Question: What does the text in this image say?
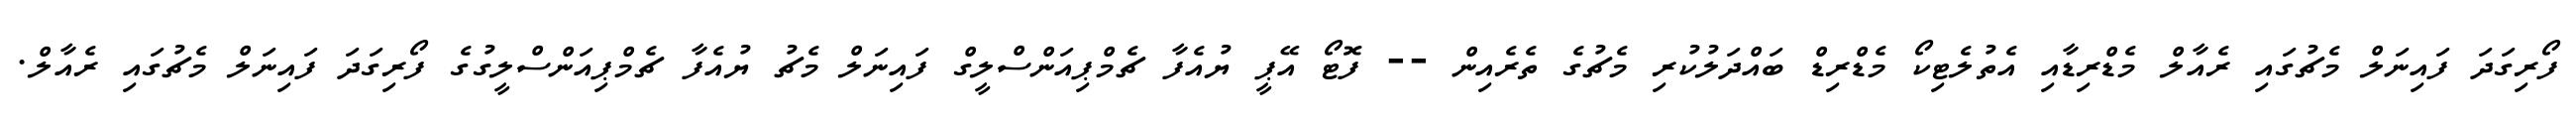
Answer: ފޯރިގަދަ ފައިނަލް މެޗުގައި ރެއާލް މެޑްރިޑާއި އެތުލެޓިކޯ މެޑްރިޑް ބައްދަލުކުރި މެޗުގެ ތެރެއިން -- ފޮޓޯ އޭޕީ ޔުއެފާ ޗެމްޕިއަންސްލީގް ފައިނަލް މެޗު ޔުއެފާ ޗެމްޕިއަންސްލީގުގެ ފޯރިގަދަ ފައިނަލް މެޗުގައި ރެއާލް.